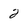
Character: 2